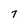
Character: 7